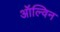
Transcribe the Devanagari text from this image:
ऑल्विन